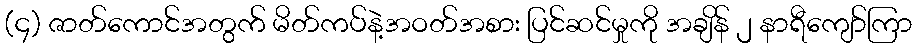
(၄) ဇာတ်ကောင်အတွက် မိတ်ကပ်နဲ့အဝတ်အစား ပြင်ဆင်မှုကို အချိန် ၂ နာရီကျော်ကြာ